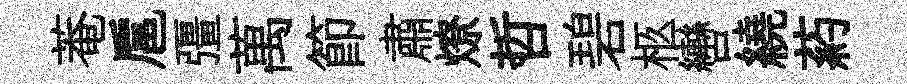
菴扈彊萬節肅燎哲碧柩轡繞葯